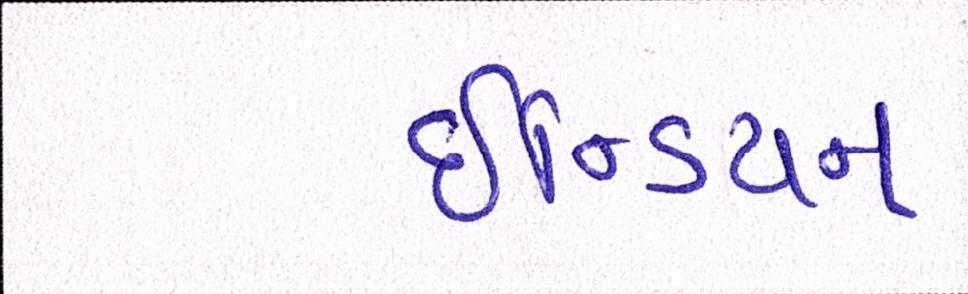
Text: ઇન્ડિયન